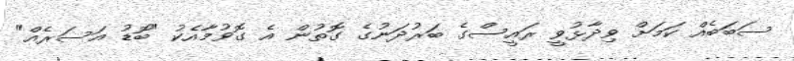
ސަބަބެއް ކަމަށް ވިދާޅުވީ ރައީސްގެ ބަރުދަނުގެ ގޮތުން އެ ގޮވުމާއެކު "ބޮޑު އަސަރެއް"